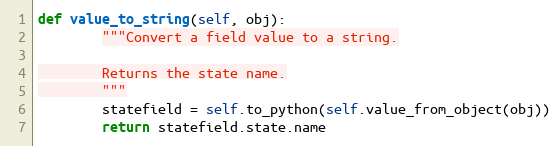
Language: Python
def value_to_string(self, obj):
        """Convert a field value to a string.

        Returns the state name.
        """
        statefield = self.to_python(self.value_from_object(obj))
        return statefield.state.name